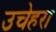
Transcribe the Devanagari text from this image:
उचेहरा